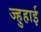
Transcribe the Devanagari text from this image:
ज्हुहाई